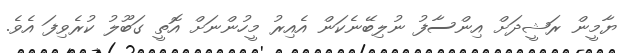
ޔާމީން ރަޝީދަށް އިންސާފު ނުލިބޭނެކަން އެއިރު މީހުންނަށް އޮތީ ގަބޫލު ކުރެވިފަ އެވެ.